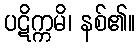
ပဋိက္ကမိ၊ နစ်၏။